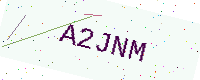
Text: A2JNM